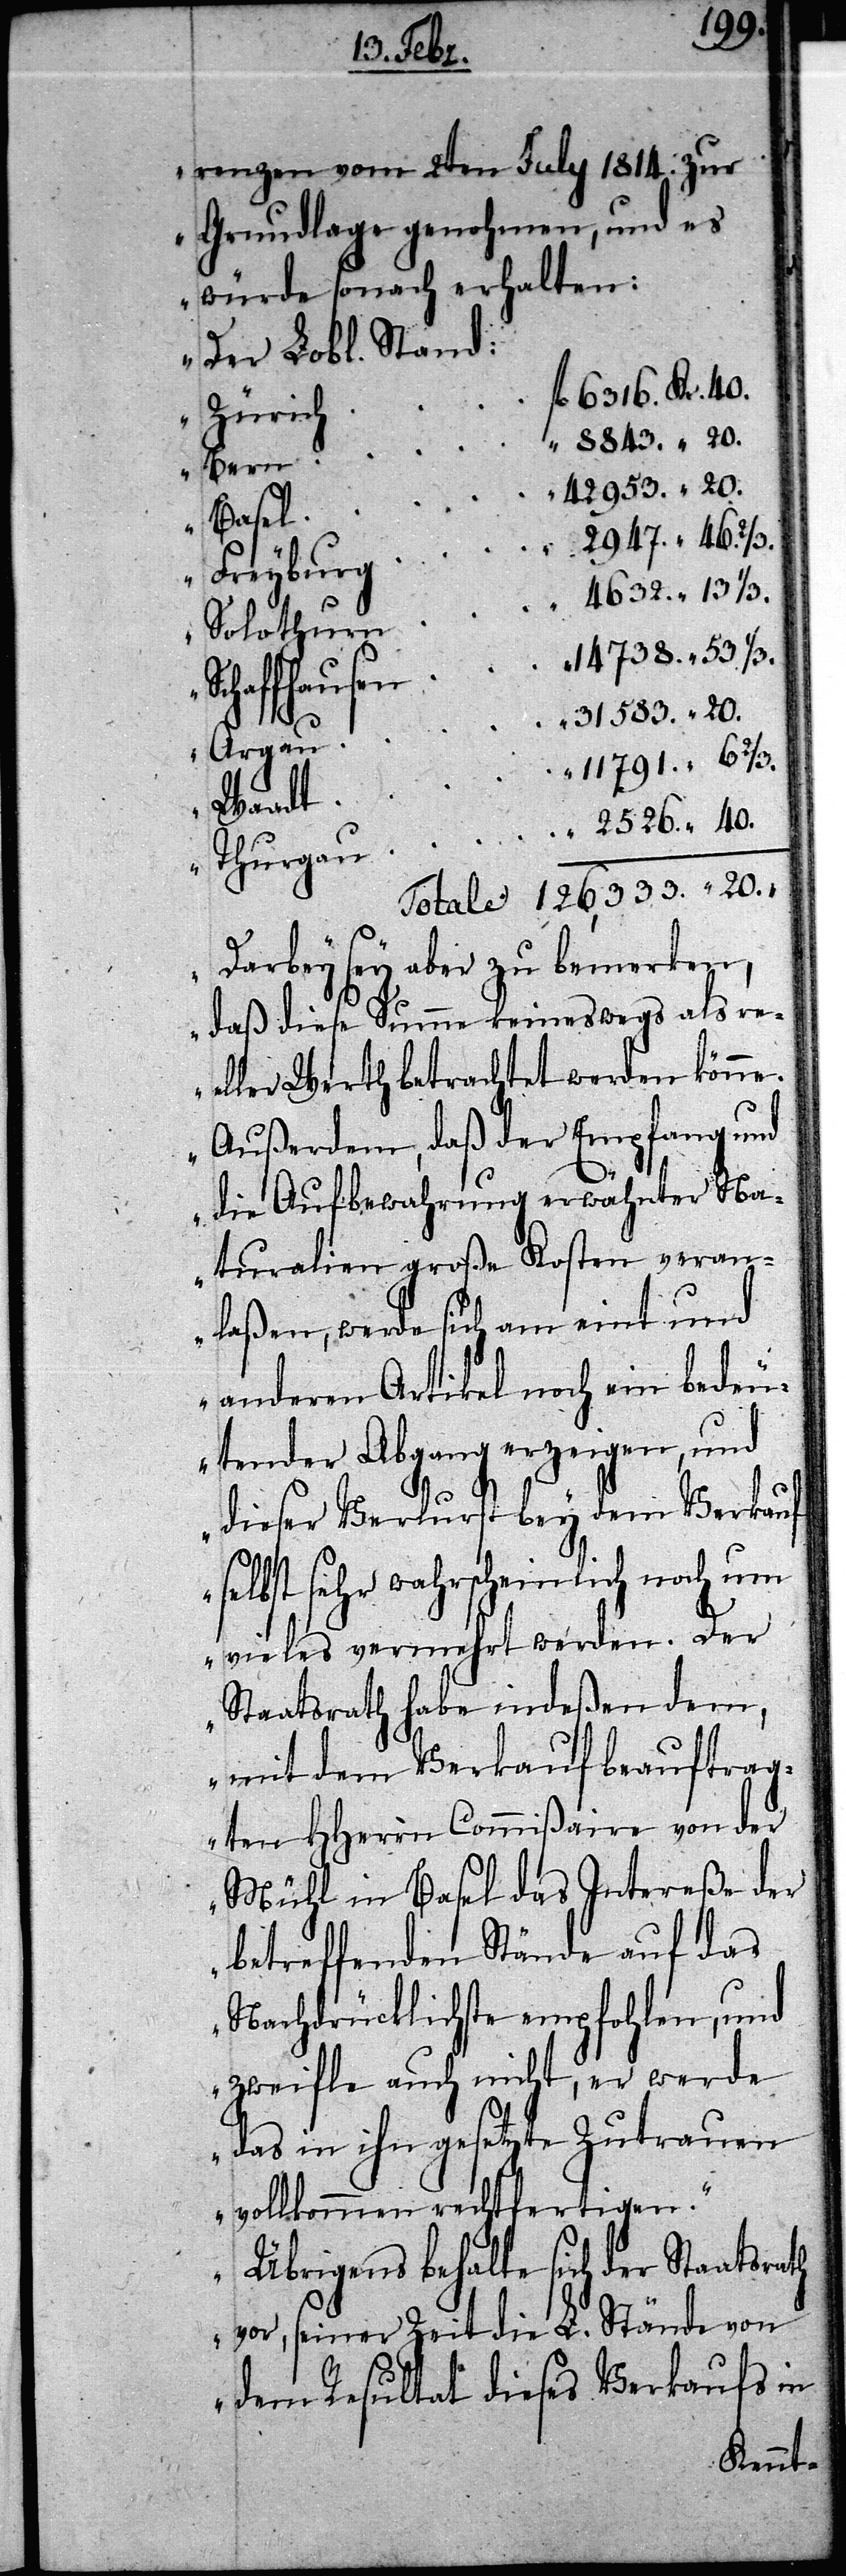
40.

20.
renzen vom 2ten July 1814. zur
Grundlage genohmen, und es
würde sonach erhalten:
Der Lobl. Stand:
Zürich
Freyburg
Darbey sey aber zu bemerken,
daß diese Summe keineswegs als re¬
eller Werth betrachtet werden könne.
Außerdem, daß der Empfang und
die Aufbewahrung erwähnter Na¬
turalien große Kosten veran¬
laßen, werde sich am eint und
anderen Artikel noch ein bedeu¬
tender Abgang erzeigen, und
dieser Verlurst bey dem Verkauf
selbst sehr wahrscheinlich noch um
vieles vermehrt werden. Der
Staatsrath habe indeßen dem,
mit dem Verkauf beauftrag¬
ten HHerrn Commißaire von der
Mühl in Basel das Intereße der
betreffenden Stände auf das
Nachdrücklichste empfohlen, und
zweifle auch nicht, er werde
das in ihn gesetzte Zutrauen
vollkommen rechtfertigen.
Übrigens behalte sich der Staatsrath
vor, seiner Zeit die L. Stände von
dem Resultat dieses Verkaufs in